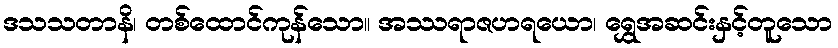
ဒသသတာနိ၊ တစ်ထောင်ကုန်သော။ အဿရာဇဟရယော၊ ရွှေအဆင်းနှင့်တူသော